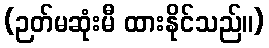
(ဉတ်မဆုံးမီ ထားနိုင်သည်။)